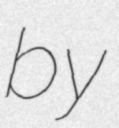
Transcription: by